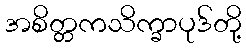
အစိတ္တကသိက္ခာပုဒ်တို့